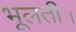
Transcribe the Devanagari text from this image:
भूलती।